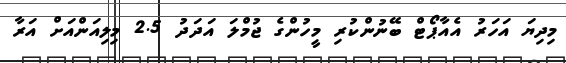
މިދިޔަ އަހަރު އެއާޕޯޓް ބޭނުންކުރި މީހުންގެ ޖުމްލަ އަދަދު 2.5 މިލިއަންއަށް އަރާ